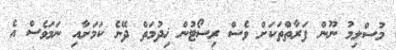
މުސްލިމު ނޫން ފަރާތްތަކަށް ވެސް ރިސޯޓުން ޚިދުމަތް ދޭނެ ކަމަށާއި ނަމަވެސް އެ